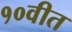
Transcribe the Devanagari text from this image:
१०वीत